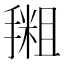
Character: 𪮩